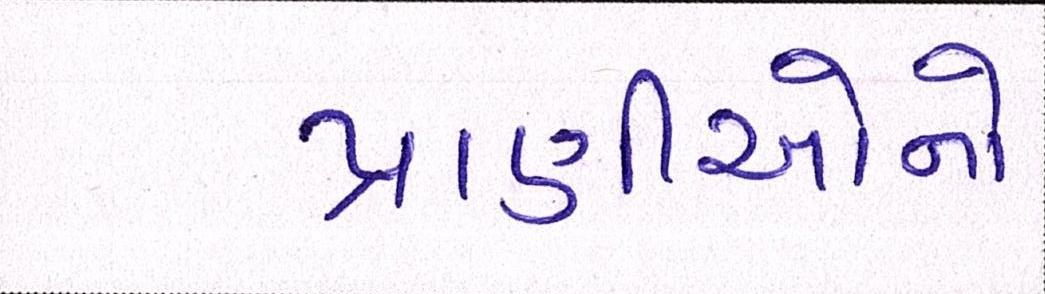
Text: પ્રાણીઓનો